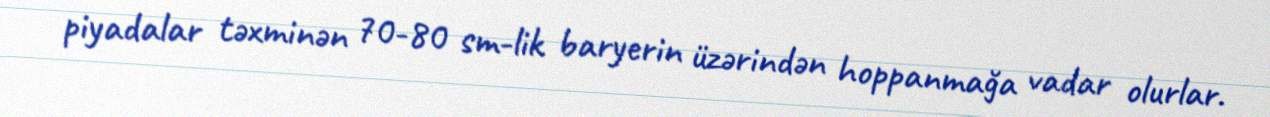
piyadalar təxminən 70-80 sm-lik baryerin üzərindən hoppanmağa vadar olurlar.